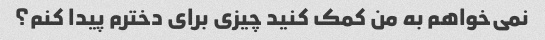
نمی‌خواهم به من کمک کنید چیزی برای دخترم پیدا کنم؟